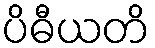
ပိဓီယတိ